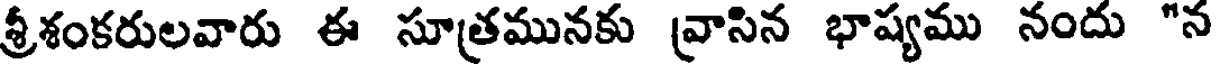
శ్రీశంకరులవారు ఈ సూత్రమునకు వ్రాసిన భాష్యము నందు "న